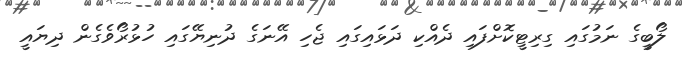
ލޯބީގެ ނަމުގައި ގިރިޓީކޮށްފައި ދެއްކި ދަޅައިގައި ޖެހި އޭނަގެ ދުނިޔޭގައި ހުޅުރޯވެގެން ދިޔައީ